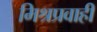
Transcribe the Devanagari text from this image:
मिश्रप्रवाही